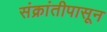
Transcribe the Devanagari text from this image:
संक्रांतीपासून